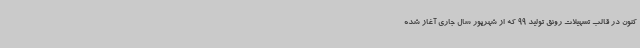
کنون در قالب تسهیلات رونق تولید 99 که از شهریور سال جاری آغاز شده